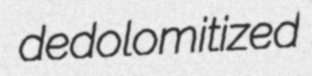
dedolomitized